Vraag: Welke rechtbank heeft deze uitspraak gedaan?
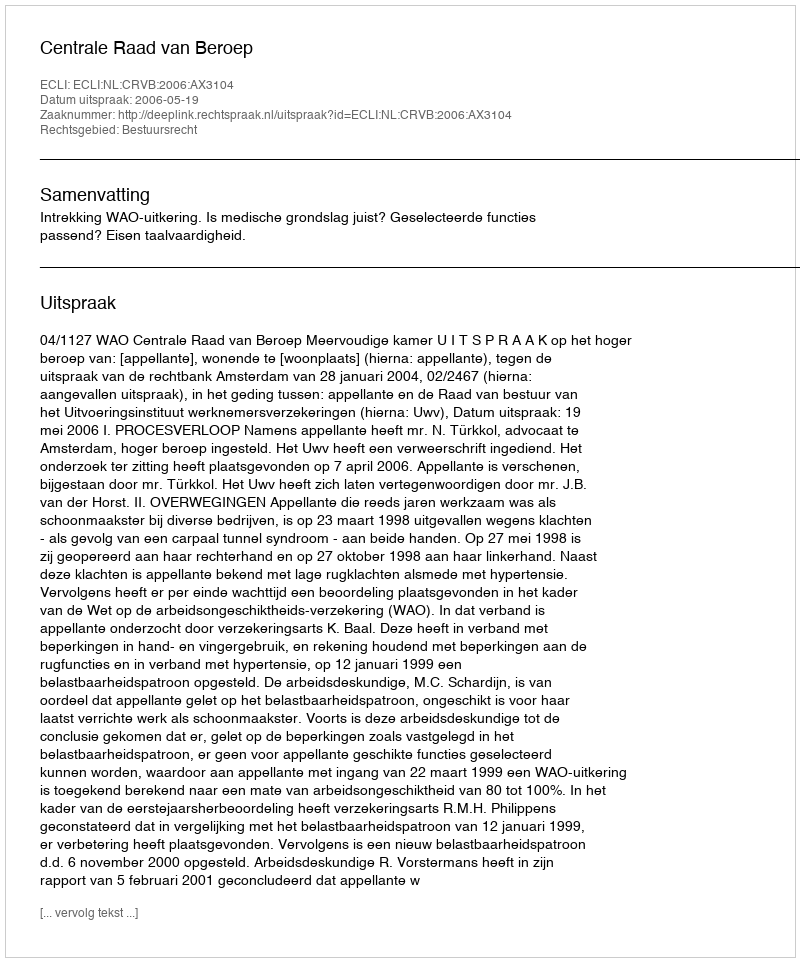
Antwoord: Centrale Raad van Beroep